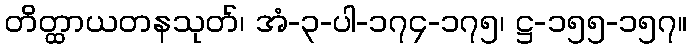
တိတ္ထာယတနသုတ်၊ အံ-၃-ပါ-၁၇၄-၁၇၅၊ ဋ္ဌ-၁၅၅-၁၅၇။